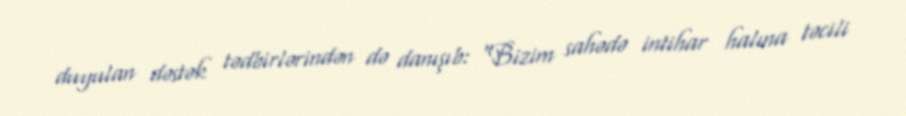
duyulan dəstək tədbirlərindən də danışıb: “Bizim sahədə intihar halına təcili